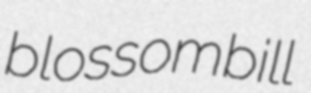
blossombill